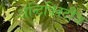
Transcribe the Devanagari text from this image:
अॅन्टिक्विटीज